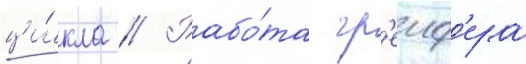
ци́кла // Рабо́та гр'еиф'ера